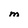
Character: M